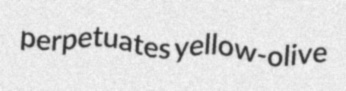
perpetuates yellow-olive